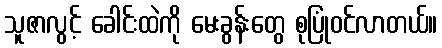
သူဇာလွင့် ခေါင်းထဲကို မေးခွန်းတွေ စုပြုံဝင်လာတယ်။